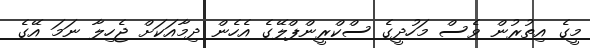
މީގެ އިތުރުން ވެސް މަހުދީގެ ސްކްރީންޕްލޭގެ އެހެން ދިމާއަކަށް ޖެހިލާ ނަމަ އޭގެ